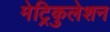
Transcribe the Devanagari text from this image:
मेट्रिकुलेशन